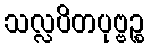
သလ္လပိတပုဗ္ဗဉ္စ